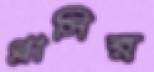
গ্লাসির